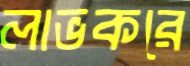
লাভকরে